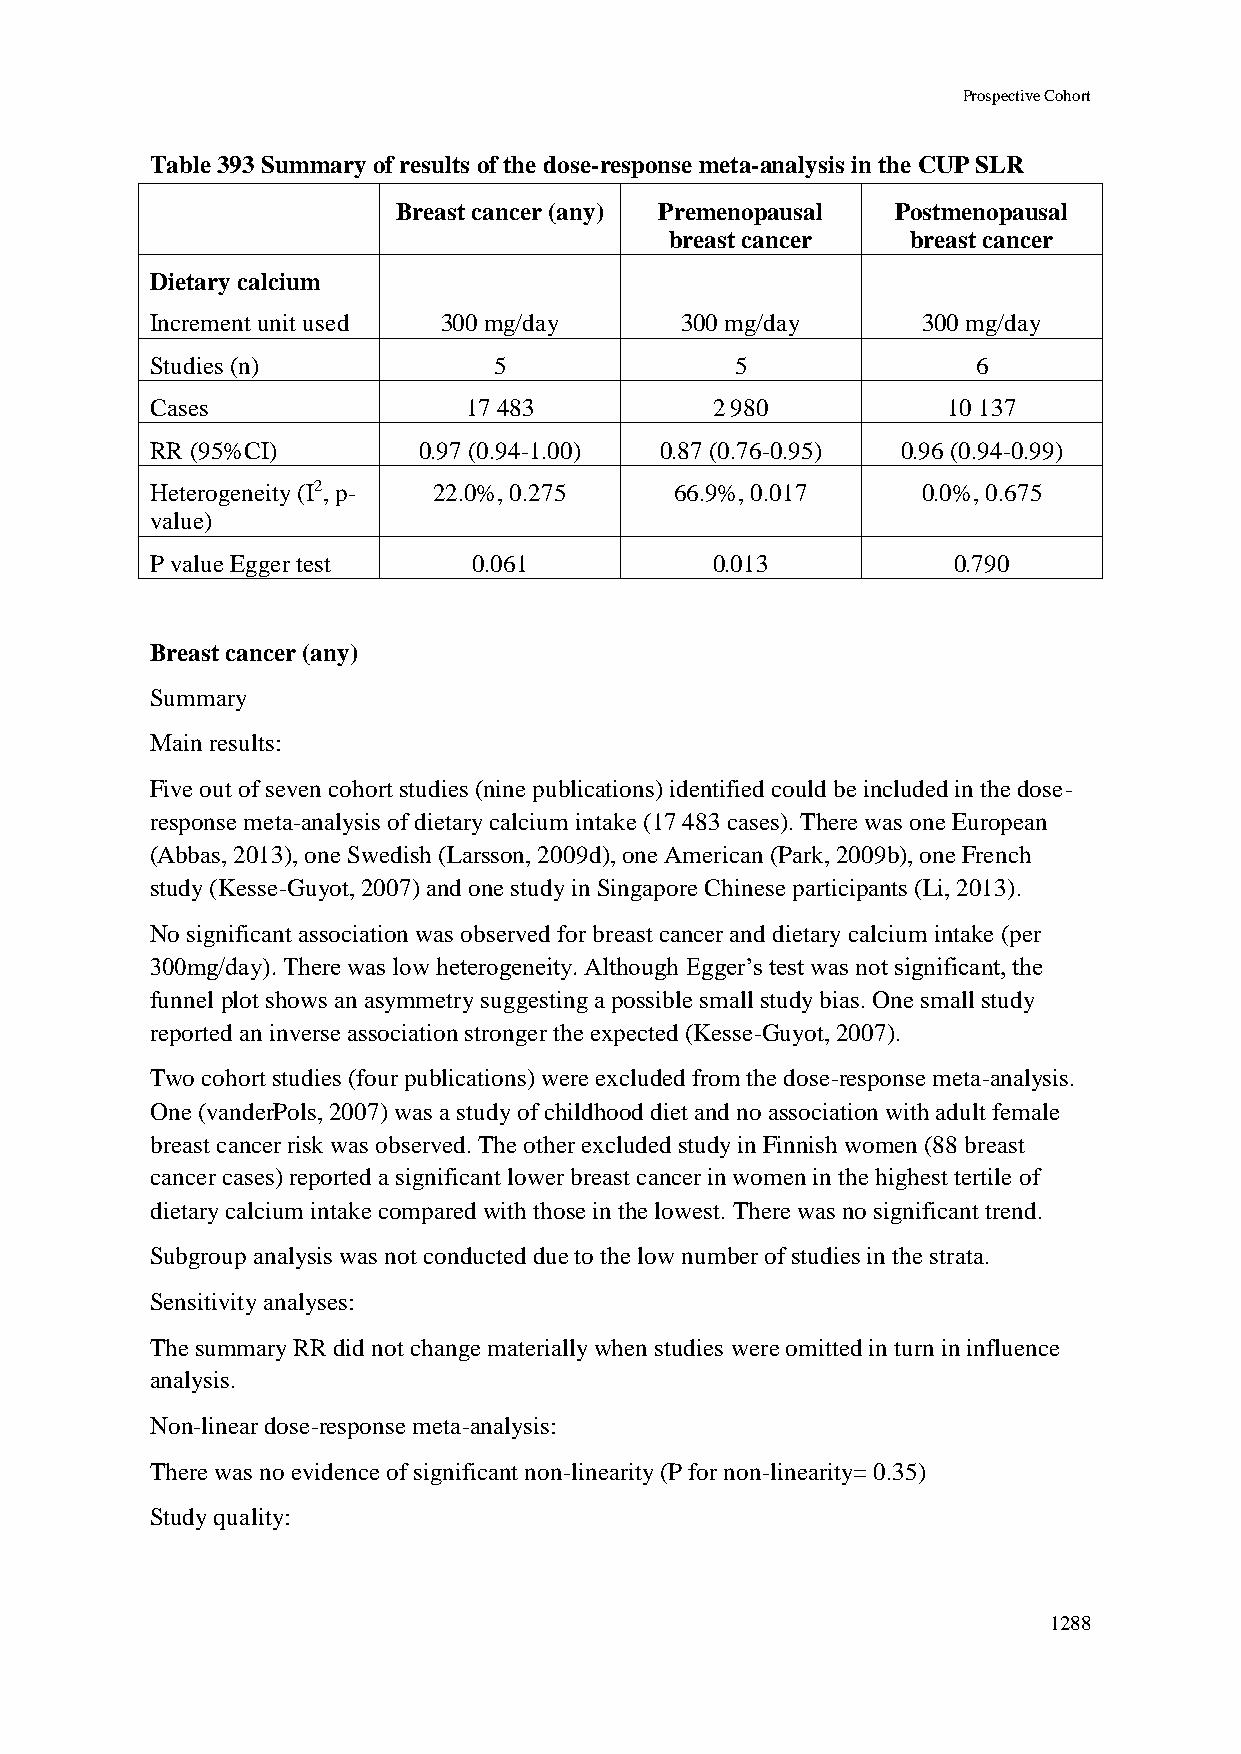
Prospective Cohort
 Table 393 Summary of results of the dose-response meta-analysis in the CUP SLR
 Breast cancer (any) Premenopausal Postmenopausal
 breast cancer   breast cancer
 Dietary calcium
 Increment unit used 300 mg/day     300 mg/day      300 mg/day
 Studies (n)            5               5               6
 Cases                17 483          2 980           10 137
 RR (95%CI)        0.97 (0.94-1.00) 0.87 (0.76-0.95) 0.96 (0.94-0.99)
 Heterogeneity (I2, p- 22.0%, 0.275 66.9%, 0.017    0.0%, 0.675
 value)
 P value Egger test   0.061           0.013           0.790
 Breast cancer (any)
 Summary
 Main results:
 Five out of seven cohort studies (nine publications) identified could be included in the dose-
 response meta-analysis of dietary calcium intake (17 483 cases). There was one European
 (Abbas, 2013), one Swedish (Larsson, 2009d), one American (Park, 2009b), one French
 study (Kesse-Guyot, 2007) and one study in Singapore Chinese participants (Li, 2013).
 No significant association was observed for breast cancer and dietary calcium intake (per
 300mg/day). There was low heterogeneity. Although Egger’s test was not significant, the
 funnel plot shows an asymmetry suggesting a possible small study bias. One small study
 reported an inverse association stronger the expected (Kesse-Guyot, 2007).
 Two cohort studies (four publications) were excluded from the dose-response meta-analysis.
 One (vanderPols, 2007) was a study of childhood diet and no association with adult female
 breast cancer risk was observed. The other excluded study in Finnish women (88 breast
 cancer cases) reported a significant lower breast cancer in women in the highest tertile of
 dietary calcium intake compared with those in the lowest. There was no significant trend.
 Subgroup analysis was not conducted due to the low number of studies in the strata.
 Sensitivity analyses:
 The summary RR did not change materially when studies were omitted in turn in influence
 analysis.
 Non-linear dose-response meta-analysis:
 There was no evidence of significant non-linearity (P for non-linearity= 0.35)
 Study quality:
 1288